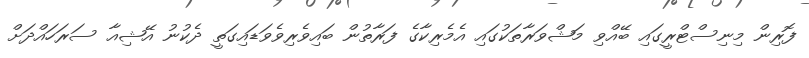
ފޮރިން މިނިސްޓްރީގައި ބޭއްވި މަޝްވަރާތަކުގައި އެމެރިކާގެ ފަރާތުން ބައިވެރިވެވަޑައިގަތީ ދެކުނު އޭޝިއާ ސަރަހައްދަށް